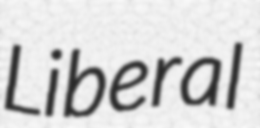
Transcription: Liberal